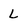
Character: L